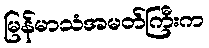
မြန်မာသံအမတ်ကြီးက